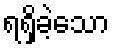
ရရှိခဲ့သော